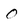
Character: 0